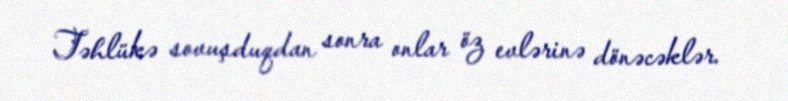
Təhlükə sovuşduqdan sonra onlar öz evlərinə dönəcəklər.